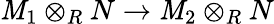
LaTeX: \mathit{M}_{1}\otimes_{R}N\to\mathit{M}_{2}\otimes_{R}N